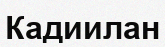
Кадиилан